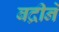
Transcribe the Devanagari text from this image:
बद्रीने